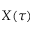
X ( \tau )